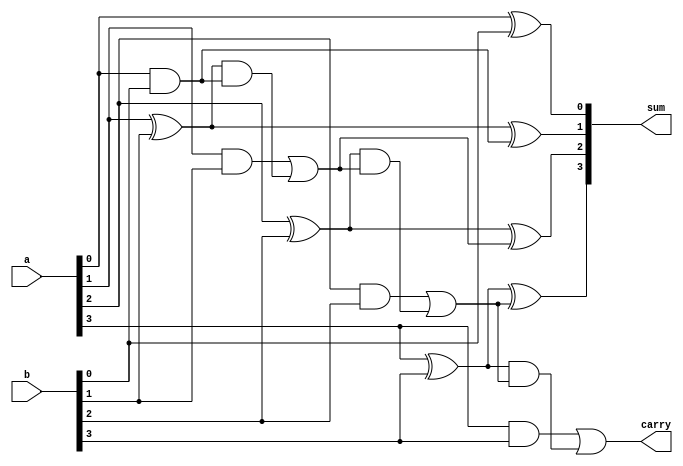
//Carry look ahead adder
// Carry look ahead adder
module cla_adder(
	input [3:0] a, b,
	output [3:0] sum,
	output carry
	);
	wire [3:0] c, g, p;

	assign carry  = c[3];
	assign sum[3] = p[3]^c[2];
	assign sum[2] = p[2]^c[1];
	assign sum[1] = p[1]^c[0];
	assign sum[0] = p[0];

	assign c[3] = g[3]|(p[3]&c[2]);
	assign c[2] = g[2]|(p[2]&c[1]);
	assign c[1] = g[1]|(p[1]&c[0]);
	assign c[0] = a[0]&b[0];
	
	//Generate and Propogate
	and (g[0], a[0], b[0]);
	and (g[1], a[1], b[1]);
	and (g[2], a[2], b[2]);
	and (g[3], a[3], b[3]);
	xor (p[0], a[0], b[0]);
	xor (p[1], a[1], b[1]);
	xor (p[2], a[2], b[2]);
	xor (p[3], a[3], b[3]);
	//Carry Prediction
endmodule